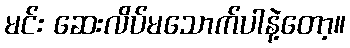
မင်း ဆေးလိပ်မသောက်ပါနဲ့တော့။